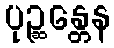
ပုဉ္ဆန္တေန